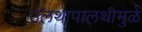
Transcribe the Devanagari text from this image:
उलथापालथीमुळे